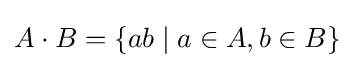
A\cdot B=\{ab\mid a\in A,b\in B\}